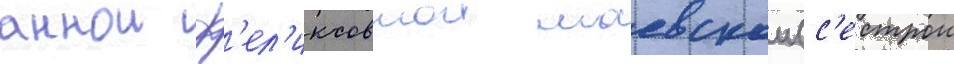
аннои ф'ел'иксовнои маевскои (с'естрои